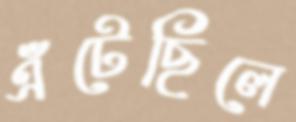
এঁটেছিলে